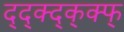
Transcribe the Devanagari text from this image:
द्द्क्द्क्क्फ्